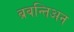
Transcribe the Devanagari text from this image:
ब्रबन्तिअन